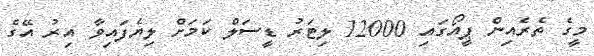
މީގެ ތެރެއިން ޕީއޯގައި 12000 ލިޓަރު ޑީސަލް ކަމަށް ލިޔެފައިވާ އިރު އޭގެ